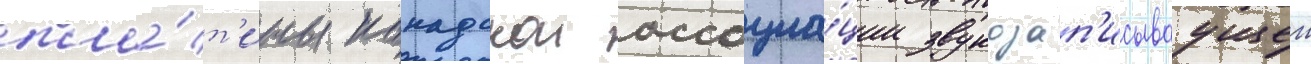
пла́т'ины канадскои ассоциа́ции звукозап'исываущеи